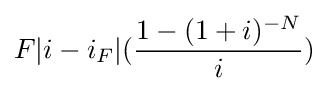
F|i-i_{F}|({\frac {1-(1+i)^{-N}}{i}})